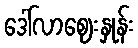
ဒေါ်လာဈေးနှုန်း